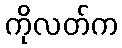
ကိုလတ်က